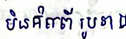
មិនគិតពីរូបរាង